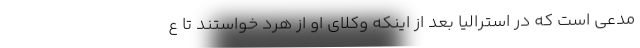
مدعی است که در استرالیا بعد از اینکه وکلای او از هرد خواستند تا ع